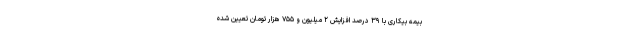
بیمه بیکاری با ۳۹ درصد افزایش ۲ میلیون و ۷۵۵ هزار تومان تعیین شده